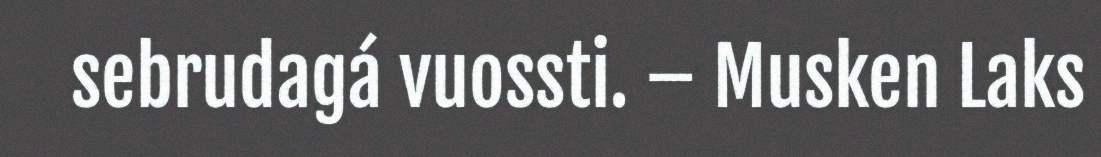
sebrudagá vuossti. – Musken Laks